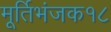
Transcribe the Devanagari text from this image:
मूर्तिभंजक१८